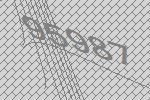
95987